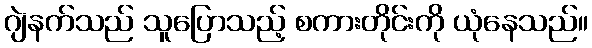
ဂျဲနက်သည် သူပြောသည့် စကားတိုင်းကို ယုံနေသည်။